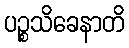
ပဉ္စသိခေနာတိ